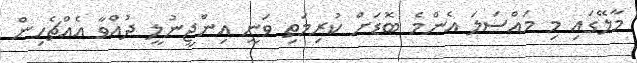
މާލޭގައި މި މައްސަލަ އެންމެ ބޮޑަށް ކުރިމަތި ވަނީ އިންޖީނުލީ ދުއްވާ އެއްޗެހިން